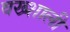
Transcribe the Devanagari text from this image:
वख्शाली